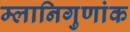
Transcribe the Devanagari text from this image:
म्लानिगुणांक